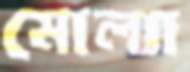
মোল্যা